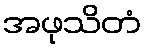
အဖုသိတံ